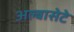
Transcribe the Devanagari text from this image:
अल्बासेटे